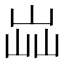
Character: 𡷈